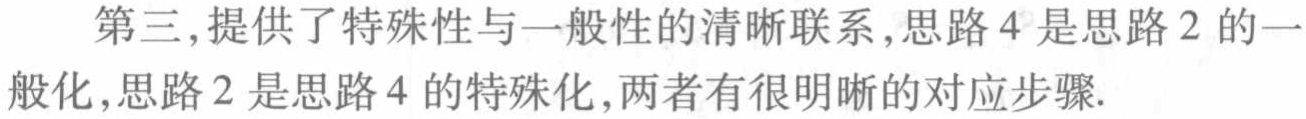
第三,提供了特殊性与一般性的清晰联系,思路4是思路2的一
般化,思路2是思路4的特殊化,两者有很明晰的对应步骤.